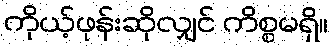
ကိုယ့်ဖုန်းဆိုလျှင် ကိစ္စမရှိ။